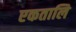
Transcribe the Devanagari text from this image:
एकतालि